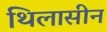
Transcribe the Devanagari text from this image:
थिलासीन